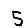
Digit: 5